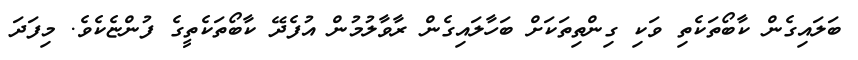
ބަލައިގެން ކާބޯތަކެތި ވަކި ގިންތިތަކަށް ބަހާލައިގެން ރާވާލުމުން އުފެދޭ ކާބޯތަކެތީގެ ފުންޏެކެވެ. މިފަދަ